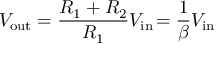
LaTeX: V _ { \mathrm { o u t } } = { \frac { R _ { \mathrm { 1 } } + R _ { \mathrm { 2 } } } { R _ { \mathrm { 1 } } } } V _ { \mathrm { i n } } \! = { \frac { 1 } { \beta } } V _ { \mathrm { i n } }